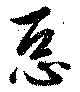
悪